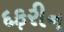
દફરીન